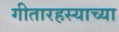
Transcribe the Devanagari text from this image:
गीतारहस्याच्या